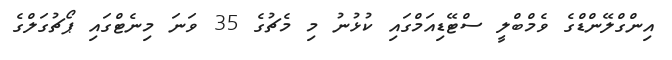
އިންގްލޭންޑްގެ ވެމްބްލީ ސްޓޭޑިއަމްގައި ކުޅުނު މި މެޗުގެ 35 ވަނަ މިނެޓްގައި ޕޯޗުގަލްގެ